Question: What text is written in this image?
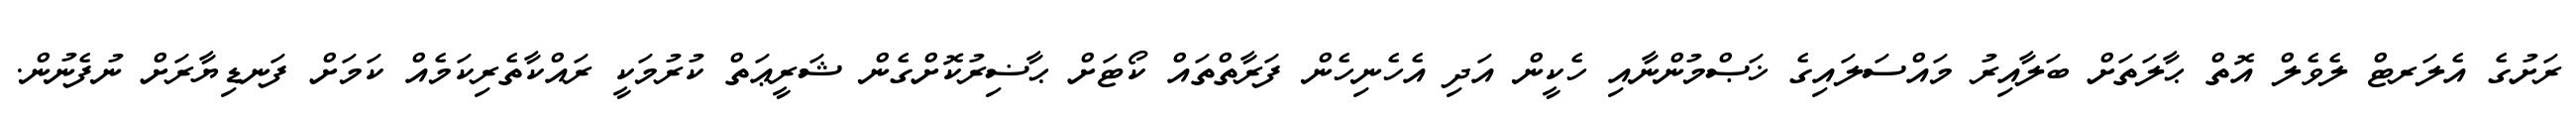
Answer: ރަށުގެ އެލަރޓް ލެވެލް އޮތް ޙާލަތަށް ބަލާއިރު މައްސަލައިގެ ޚަޞްމުންނާއި ހެކީން އަދި އެހެނިހެން ފަރާތްތައް ކޯޓަށް ޙާޟިރުކޮށްގެން ޝަރީޢަތް ކުރުމަކީ ރައްކާތެރިކަމެއް ކަމަށް ފަނޑިޔާރަށް ނުފެނުން.